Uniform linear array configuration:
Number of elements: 24
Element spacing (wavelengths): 0.5
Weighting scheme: hamming
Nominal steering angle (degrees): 60
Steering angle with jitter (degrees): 59.488
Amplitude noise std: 0.05
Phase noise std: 0.05

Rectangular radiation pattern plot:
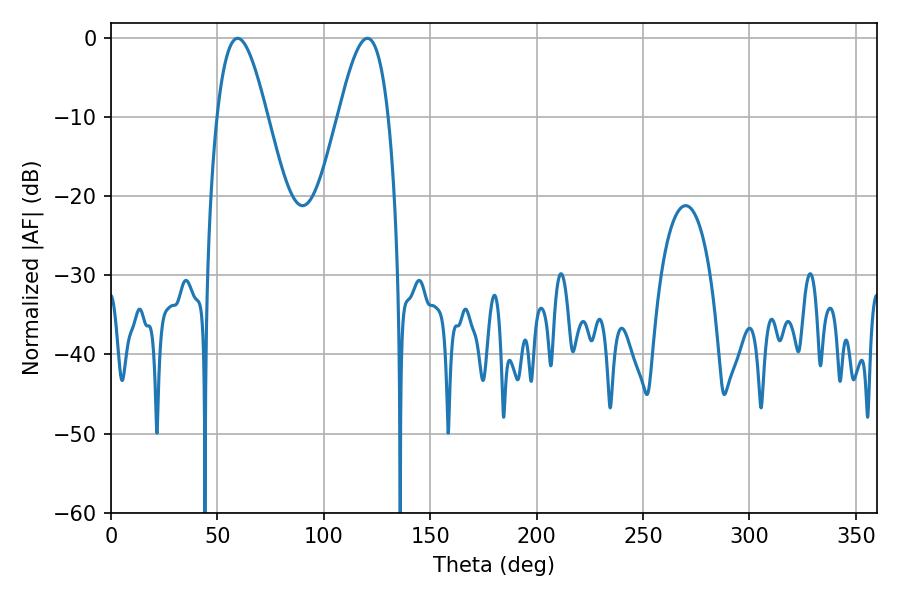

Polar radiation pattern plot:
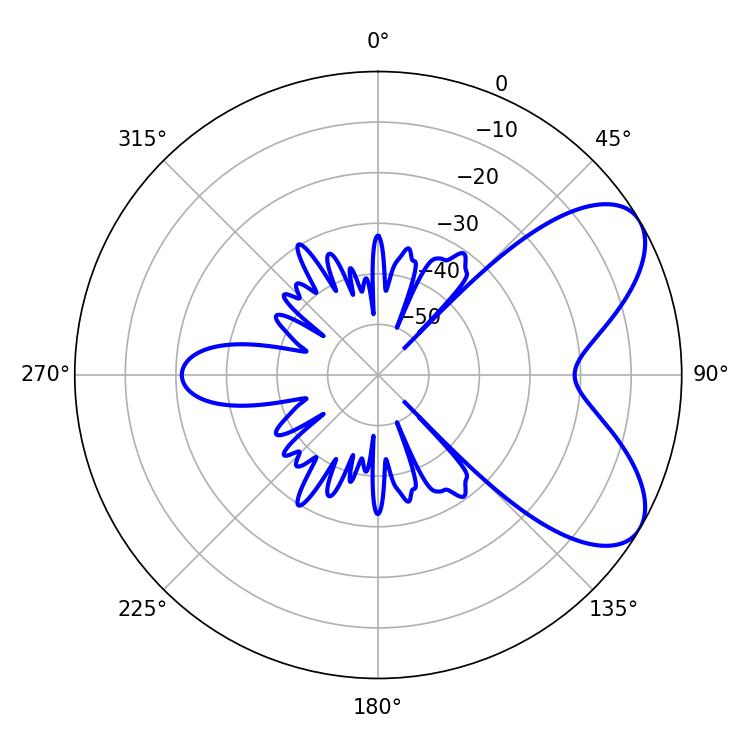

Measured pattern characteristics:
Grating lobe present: FALSE
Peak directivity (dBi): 6.741
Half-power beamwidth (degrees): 12.78
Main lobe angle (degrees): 59.58